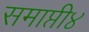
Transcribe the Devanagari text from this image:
समाप्ती४